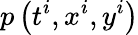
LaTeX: p\left(t^{i},x^{i},y^{i}\right)